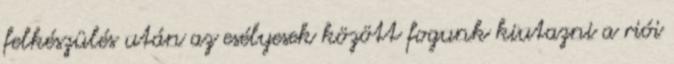
felkészülés után az esélyesek között fogunk kiutazni a riói